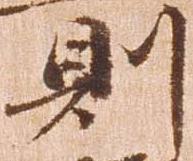
則